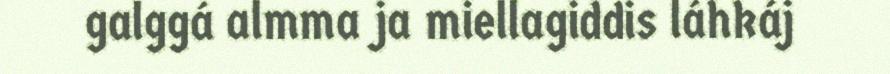
galggá almma ja miellagiddis láhkáj